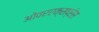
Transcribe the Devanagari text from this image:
ओवरएक्सप्रेस